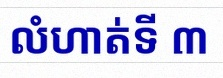
លំហាត់ទី ៣